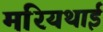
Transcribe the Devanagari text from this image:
मरियथाई